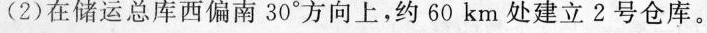
(2)在储运总库西偏南30°方向上，约60km处建立2号仓库。北西。储运总库东10km南